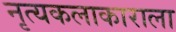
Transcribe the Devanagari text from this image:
नृत्यकलाकाराला